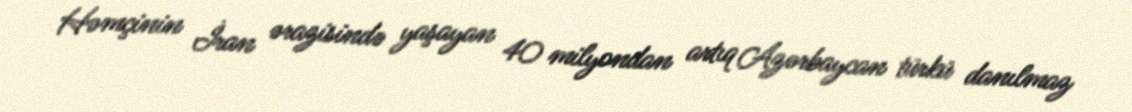
Həmçinin İran ərazisində yaşayan 40 milyondan artıq Azərbaycan türkü danılmaz